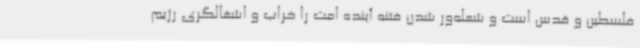
فلسطین و قدس است و شعله‌ور شدن فتنه آینده امت را خراب و اشغالگری رژیم